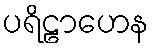
ပရိဠာဟေန